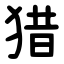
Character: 猎